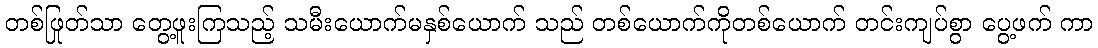
တစ်ဖြုတ်သာ တွေ့ဖူးကြသည့် သမီးယောက်မနှစ်ယောက် သည် တစ်ယောက်ကိုတစ်ယောက် တင်းကျပ်စွာ ပွေ့ဖက် ကာ